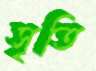
সৃতি